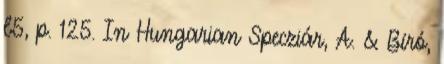
l5, p. 125. In Hungarian Specziár, A. & Bíró,